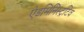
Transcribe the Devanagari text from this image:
ऐडमिनिस्ट्रटिव